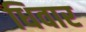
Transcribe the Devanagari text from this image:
धिवार